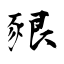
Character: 豤